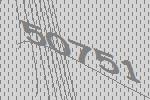
50751